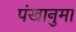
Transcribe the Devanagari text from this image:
पंखानुमा